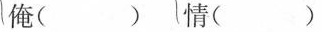
俺( )情( )